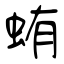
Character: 蛕